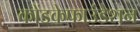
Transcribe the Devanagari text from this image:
कोंडकेफाउंडेशन